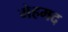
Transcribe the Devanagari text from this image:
मेहमद